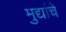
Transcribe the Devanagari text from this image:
मुद्यांचे